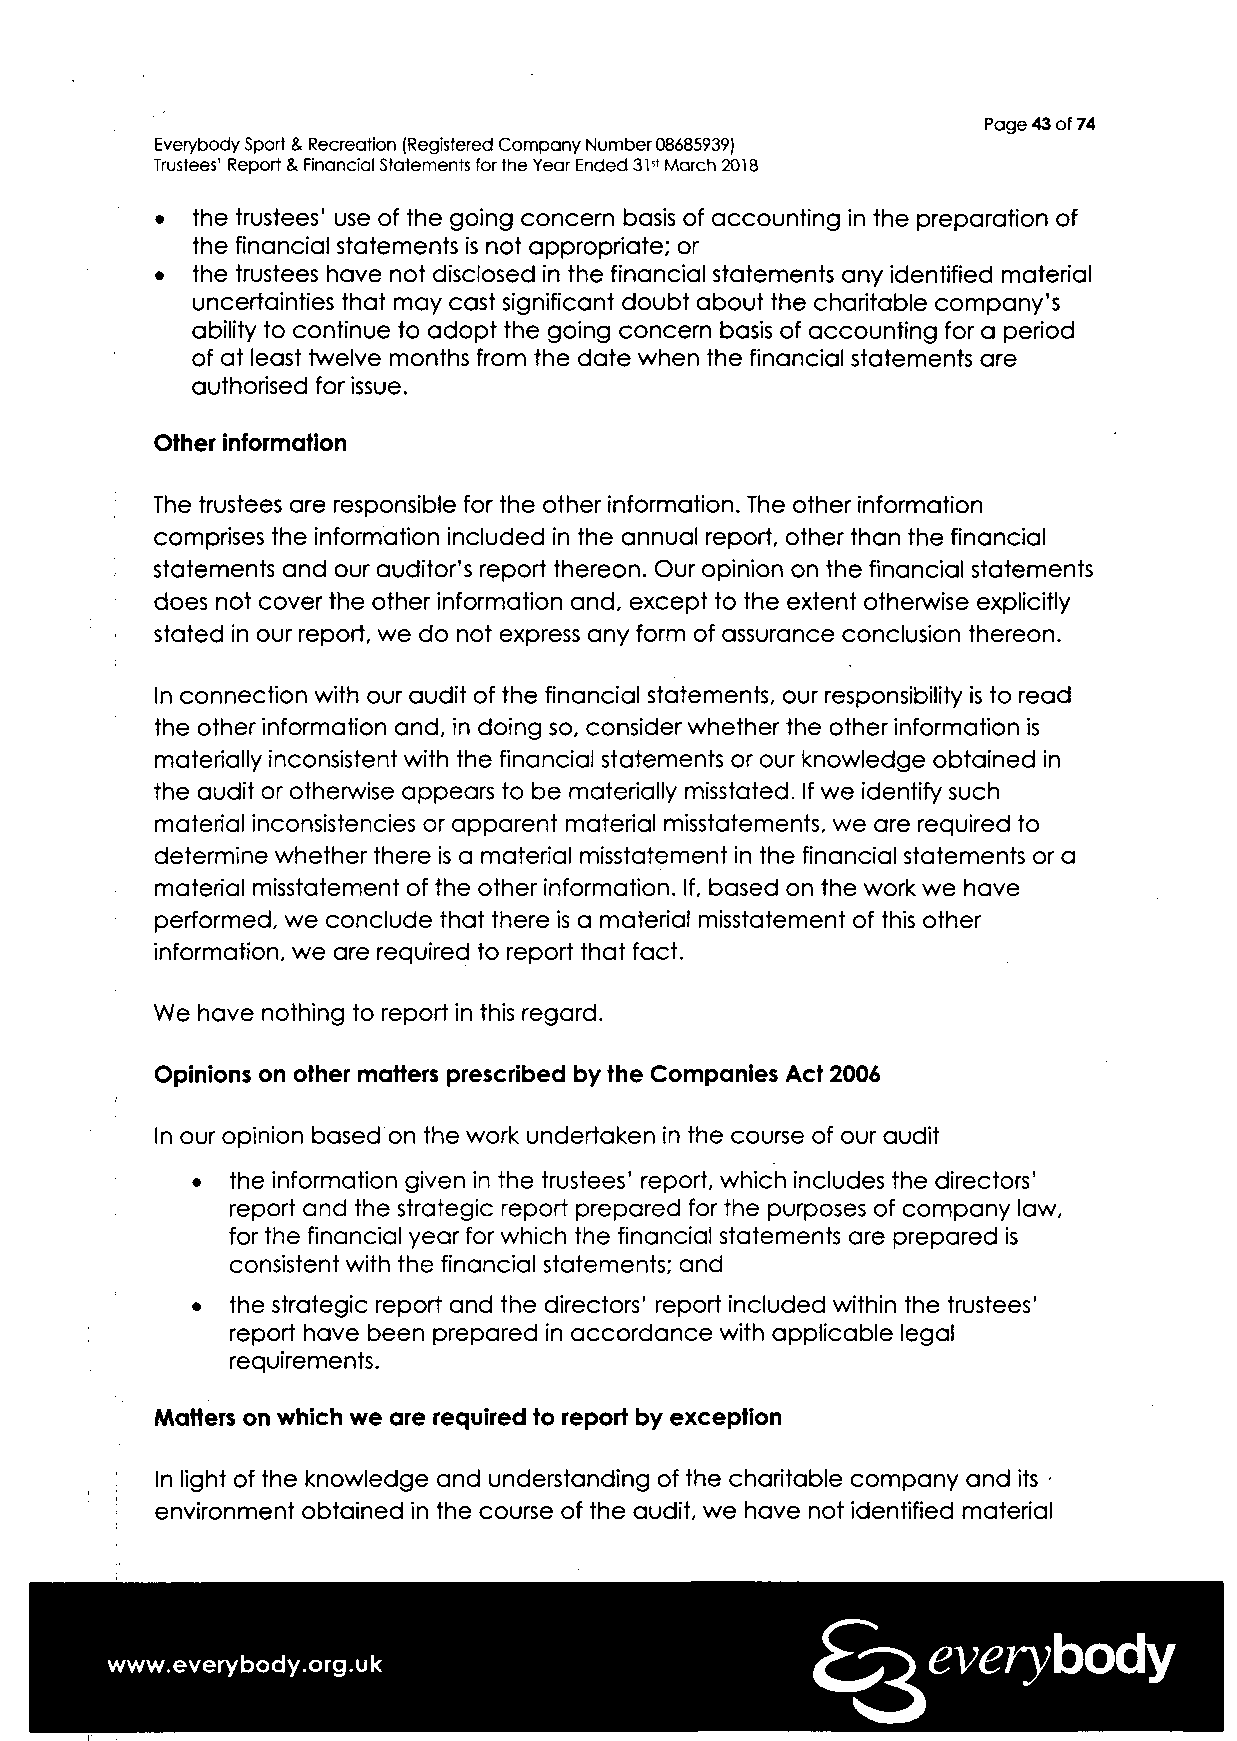
Page 43 of 74
 Everybody Sport & Recreation (Registered Company Number 08685939)
 Trustees' Report & Financial Statements for the Year Ended 31" March 2018
 •  the trustees' use of the going concern basis of accounting in the preparation of
 the financial statements is not appropriate; or
 •  the trustees have not disclosed in the financial statements any identified material
 uncertainties that may cast significant doubt about the charitable company's
 ability to continue to adopt the going concern basis of accounting for a period
 of at least twelve months from the date when the financial statements are
 authorised for issue.
 Other information
 The trustees are responsible for the other information. The other information
 comprises the information included in the annual report, other than the financial
 statements and our auditor's report thereon. Our opinion on the financial statements
 does not cover the other information and, except to the extent otherwise explicitly
 stated in our report, we do not express any form of assurance conclusion thereon.
 In connection with our audit of the financial statements, our responsibility is to read
 the other information and, in doing so, consider whether the other information is
 materially inconsistent with the financial statements or our knowledge obtained in
 the audit or otherwise appears to be materially misstated. If we identify such
 material inconsistencies or apparent material misstatements, we are required to
 determine whether there is a material misstatement in the financial statements or a
 material misstatement of the other information. If, based on the work we have
 performed, we conclude that there is a material misstatement of this other
 information, we are required to report that fact.
 We have nothing to report in this regard.
 Opinions on other matters prescribed by the Companies Act 2006
 In our opinion based on the work undertaken in the course of our audit
 • the information given in the trustees' report, which includes the directors'
 report and the strategic report prepared for the purposes of company law,
 for the financial year for which the financial statements are prepared is
 consistent with the financial statements; and
 • the strategic report and the directors' report included within the trustees'
 report have been prepared in accordance with applicable legal
 requirements.
 Matters on which we are required to report by exception
 In light of the knowledge and understanding of the charitable company and its •
 environment obtained in the course of the audit, we have not identified material
 everybody
 www.everybody.org.uk